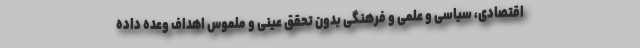
اقتصادی، سیاسی و علمی و فرهنگی بدون تحقق عینی و ملموس اهداف وعده داده